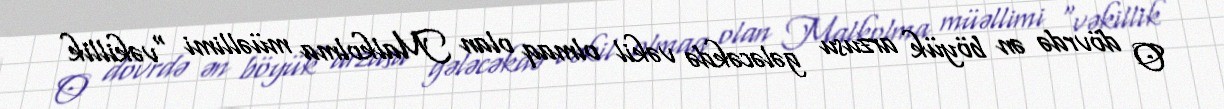
O dövrdə ən böyük arzusu gələcəkdə vəkil olmaq olan Malkolma müəllimi "vəkillik